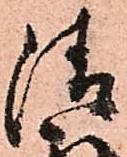
清